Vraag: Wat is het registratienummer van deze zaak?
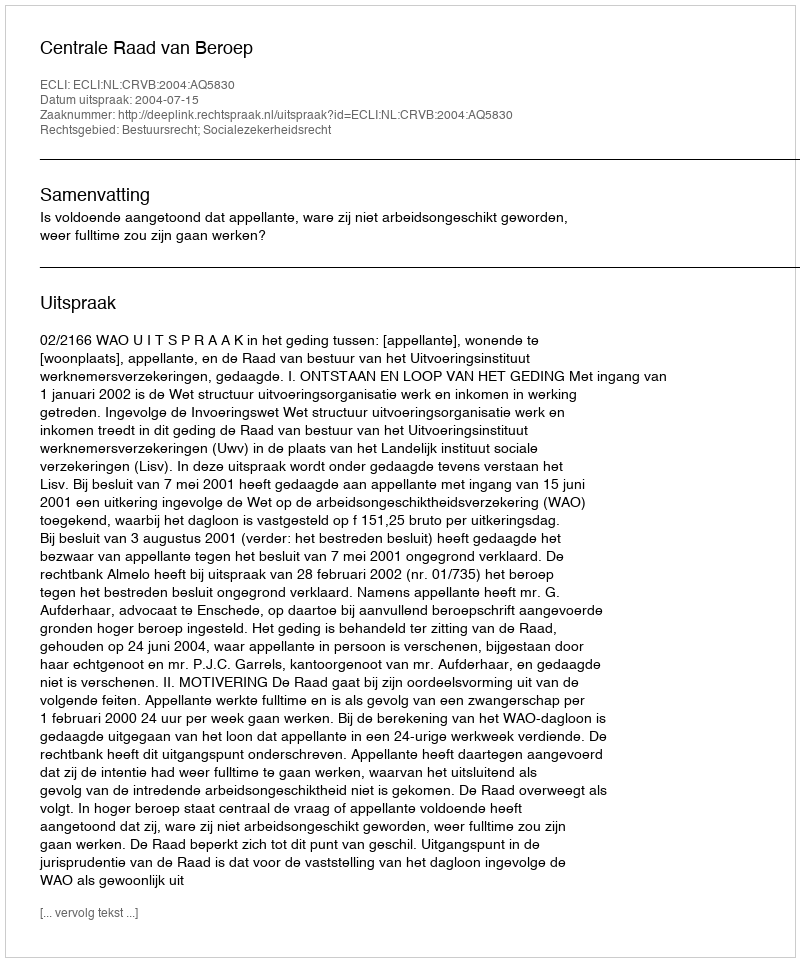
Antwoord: http://deeplink.rechtspraak.nl/uitspraak?id=ECLI:NL:CRVB:2004:AQ5830